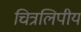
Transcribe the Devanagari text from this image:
चित्रलिपीय